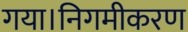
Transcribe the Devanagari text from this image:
गया।निगमीकरण